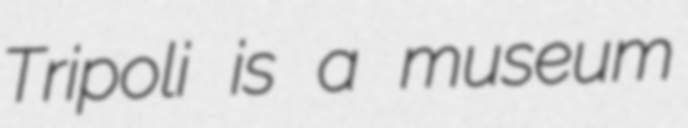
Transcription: Tripoli is a museum